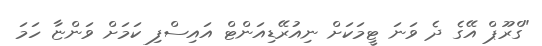
"ގްރޫޕް އޭގެ ދެ ވަނަ ޓީމަކަށް ނިއުރޭޑިއަންޓް އައިސްފި ކަމަށް ވަންޏާ ހަމަ